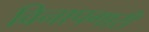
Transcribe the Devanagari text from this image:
विनापगारी